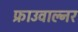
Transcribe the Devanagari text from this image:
फ्राउवाल्नर